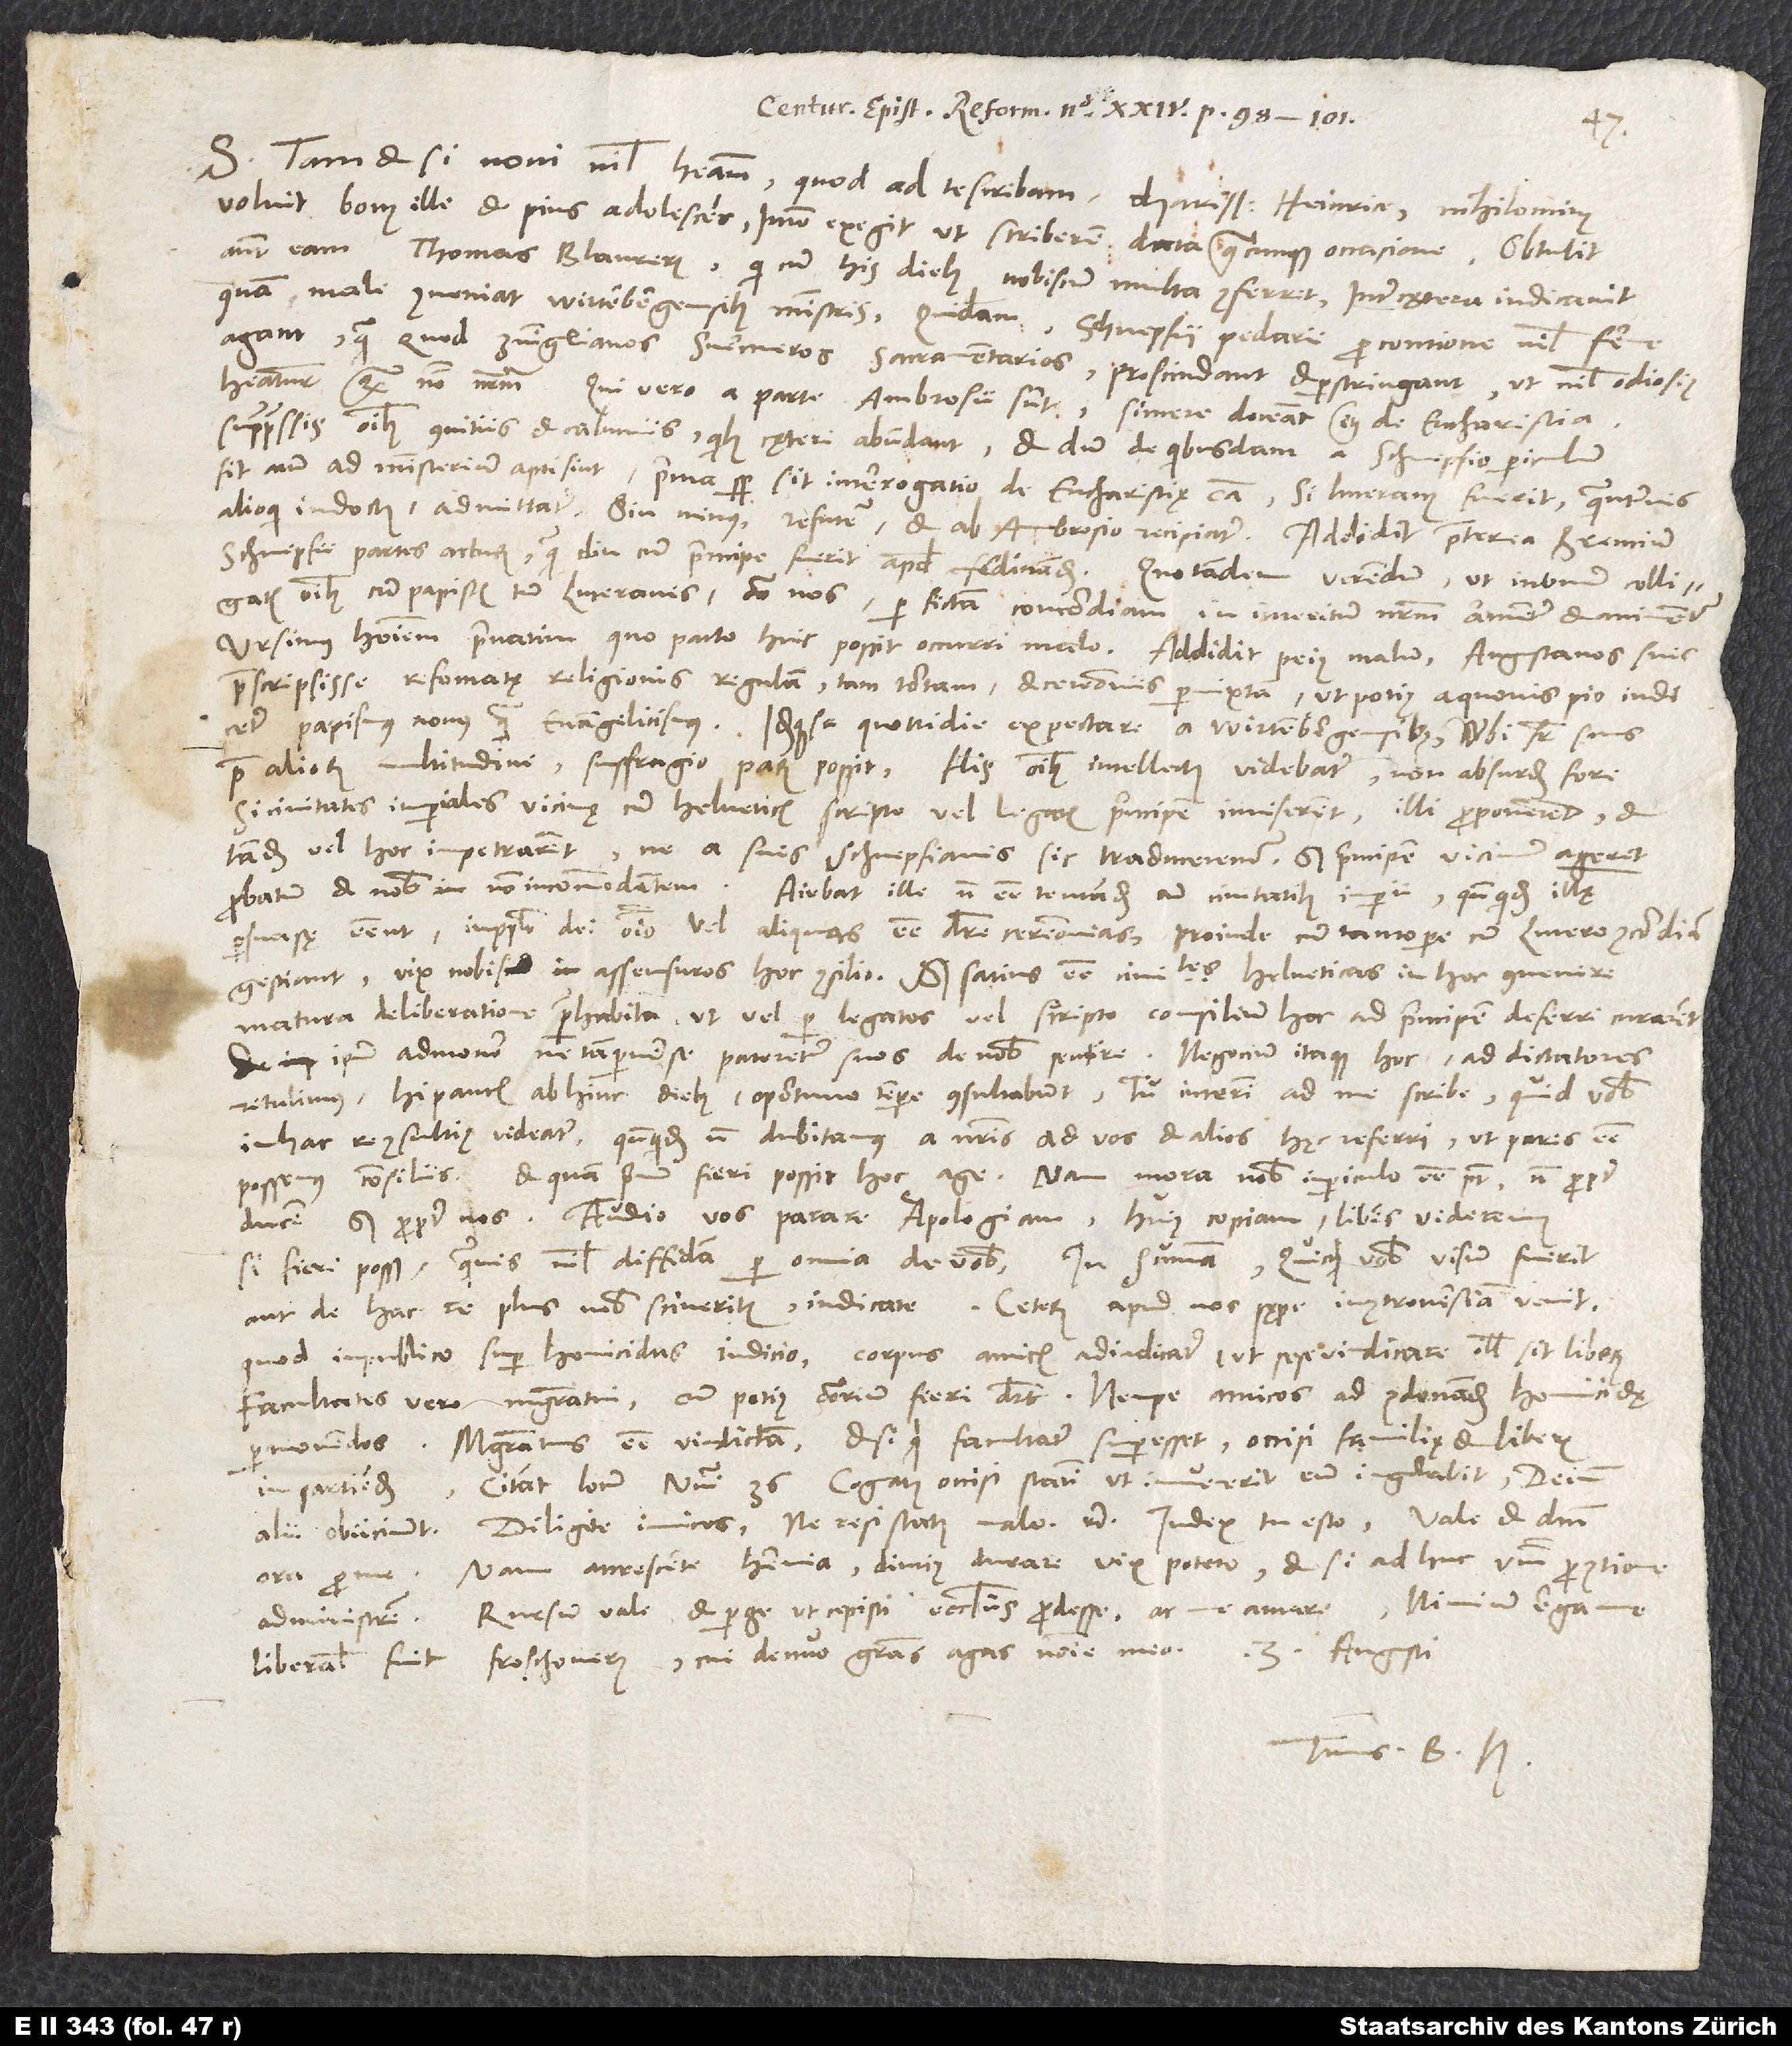
S. Tametsi novi nihil habeam, quod ad te scribam, charissime Heinrice, nihilominus
voluit bonus ille et pius adolescens, immo exegit, ut scriberem data quacunque occasione. Obtulit
autem eam Thomas Blaurerus, qui cum his diebus nobiscum multa conferret, inter cętera indicavit,
quam male conveniat Wirtenbergensibus ministris. Quidam Schnepfii pedarii pro contione nihil ferme
agant, quam quod Zvinglianos svermeros, sacramentarios proscindant et perstringant, ut nihil odiosius
habeatur quam nomen nostrum. Qui vero a parte Ambrosii sunt, sincere doceant etiam de eucharistia
suppressis omnibus convitiis et calumniis, quibus cęteri abundant, et dum de quibusdam a Schnepfio periculum
fit, num ad ministerium apti sint, prima semper sit interrogatio de eucharistię causa. Si Luteranus fuerit, quantumvis
alioqui indoctus, admittatur, sin minus, refutetur et ab Ambrosio recipiatur. Addidit praeterea
BrentiumSchnepfii partes acturum, quamdiu cum principe fuerit apud Ferdinandum. Quo tandem verendum, ut in unum colligatis
omnibus cum papistis tum Luteranis contra nos per fictam concordiam in interitum nostrum armentur et animentur.
Ursimus hominem privatim, quo pacto huic possit occurri malo. Addidit peius malum: Augustanos suis
praescripsisse reformatę religionis regulam tam tortam et ceremoniis permixtam, ut potius a quovis pio indicetur
papismus novus quam evangelicismus, idemque se quottidie expectare a Wirtenbergensibus, ubi frater suus
prae aliorum multitudine sulfragio parum possit. His omnibus intellectis videbatur non absurdum fore,
si civitates imperiales vicinę cum Helveticis scripto vel legatis principem inviserent, illi proponerent et
tandem vel hoc impetrarent, ne a suis Schnepfianis sic traduceremur, sed principem vicinum ageret
probatum et nobis non incommodantem. Aiebat ille non esse tentandum cum civitatibus imperii, quandoquidem illę
persuasę essent in populo dei omnino vel aliquas esse debere ceremonias. Proinde cum tantopere cum Lutero concordiam
gestiant, vix nobis assensuros hoc consilio, sed satius esse civitates Helveticas in hoc convenire
matura deliberatione praehabita, ut vel per legatos vel scripto consilium hoc ad principem deferri curarent
et ipsum admonere, ne tam perverse pateretur suos de nobis sentire. Negocium itaque hoc ad dictatores
retulimus. Hi paucis abhinc diebus oportuno tempore consultabunt. Tu interim ad me scribe, quid vobis
in hac re consultius videatur, quandoquidem non dubitamus a nostris ad vos et alios hęc referri, ut pares esse
possemus consiliis, et quam primum fieri possit hoc age; nam mora nobis in periculo esse potest, non propter
ducem, sed propter nos. Audio vos parare apologiam. Huius copiam libenter videremus,
si fieri posset, quamvis nihil diffidam per omnia de vobis. In summa: Quicquid vobis visum fuerit
quod in publico super homicidas iudicio corpus amicis adiudicatur, ut sese vindicare illis sit liberum,
facultates vero magistratui, cum potius contrarium fieri deberet, nempe amicos ad condonandum homicidae,
permovendos, magistratus esse vindictam, et si quid facultatis superesset, occisi familię et liberis
impartiendum. Citant locum Numeri 36: "Cognatus occisi statim ut invenerit eum iugulabit" etc.
ora pro me; nam accrescente hernia diutius durare vix potero, etsi adhuc verbum pro contione
Rursum vale et perge, ut cepisti, ecclesiis prodesse ac me amare. Nimium erga me
liberalis fuit Froschouerus. Cui denuo gratias agas nomine meo.
Tuus B. H.